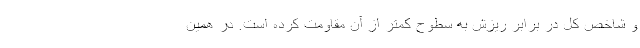
و شاخص کل در برابر ریزش به سطوح کمتر از آن مقاومت کرده است. در همین